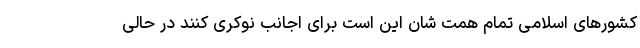
کشورهای اسلامی تمام همت شان این است برای اجانب نوکری کنند در حالی